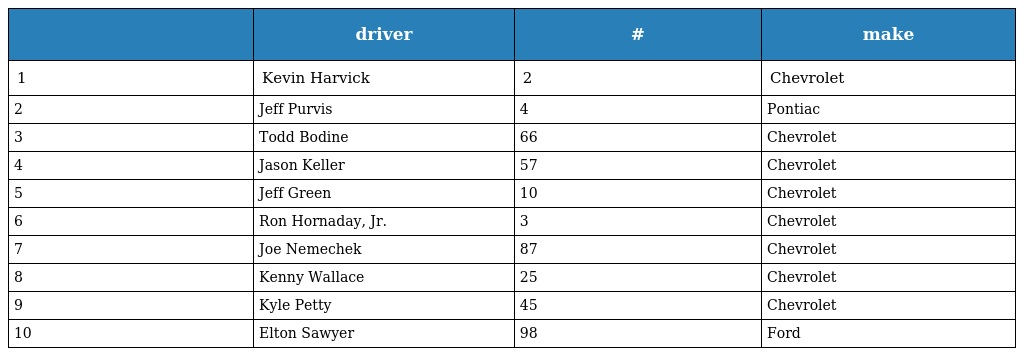
|  | driver | # | make |
 | --- | --- | --- | --- |
 | 1 | Kevin Harvick | 2 | Chevrolet |
 | 2 | Jeff Purvis | 4 | Pontiac |
 | 3 | Todd Bodine | 66 | Chevrolet |
 | 4 | Jason Keller | 57 | Chevrolet |
 | 5 | Jeff Green | 10 | Chevrolet |
 | 6 | Ron Hornaday, Jr. | 3 | Chevrolet |
 | 7 | Joe Nemechek | 87 | Chevrolet |
 | 8 | Kenny Wallace | 25 | Chevrolet |
 | 9 | Kyle Petty | 45 | Chevrolet |
 | 10 | Elton Sawyer | 98 | Ford |